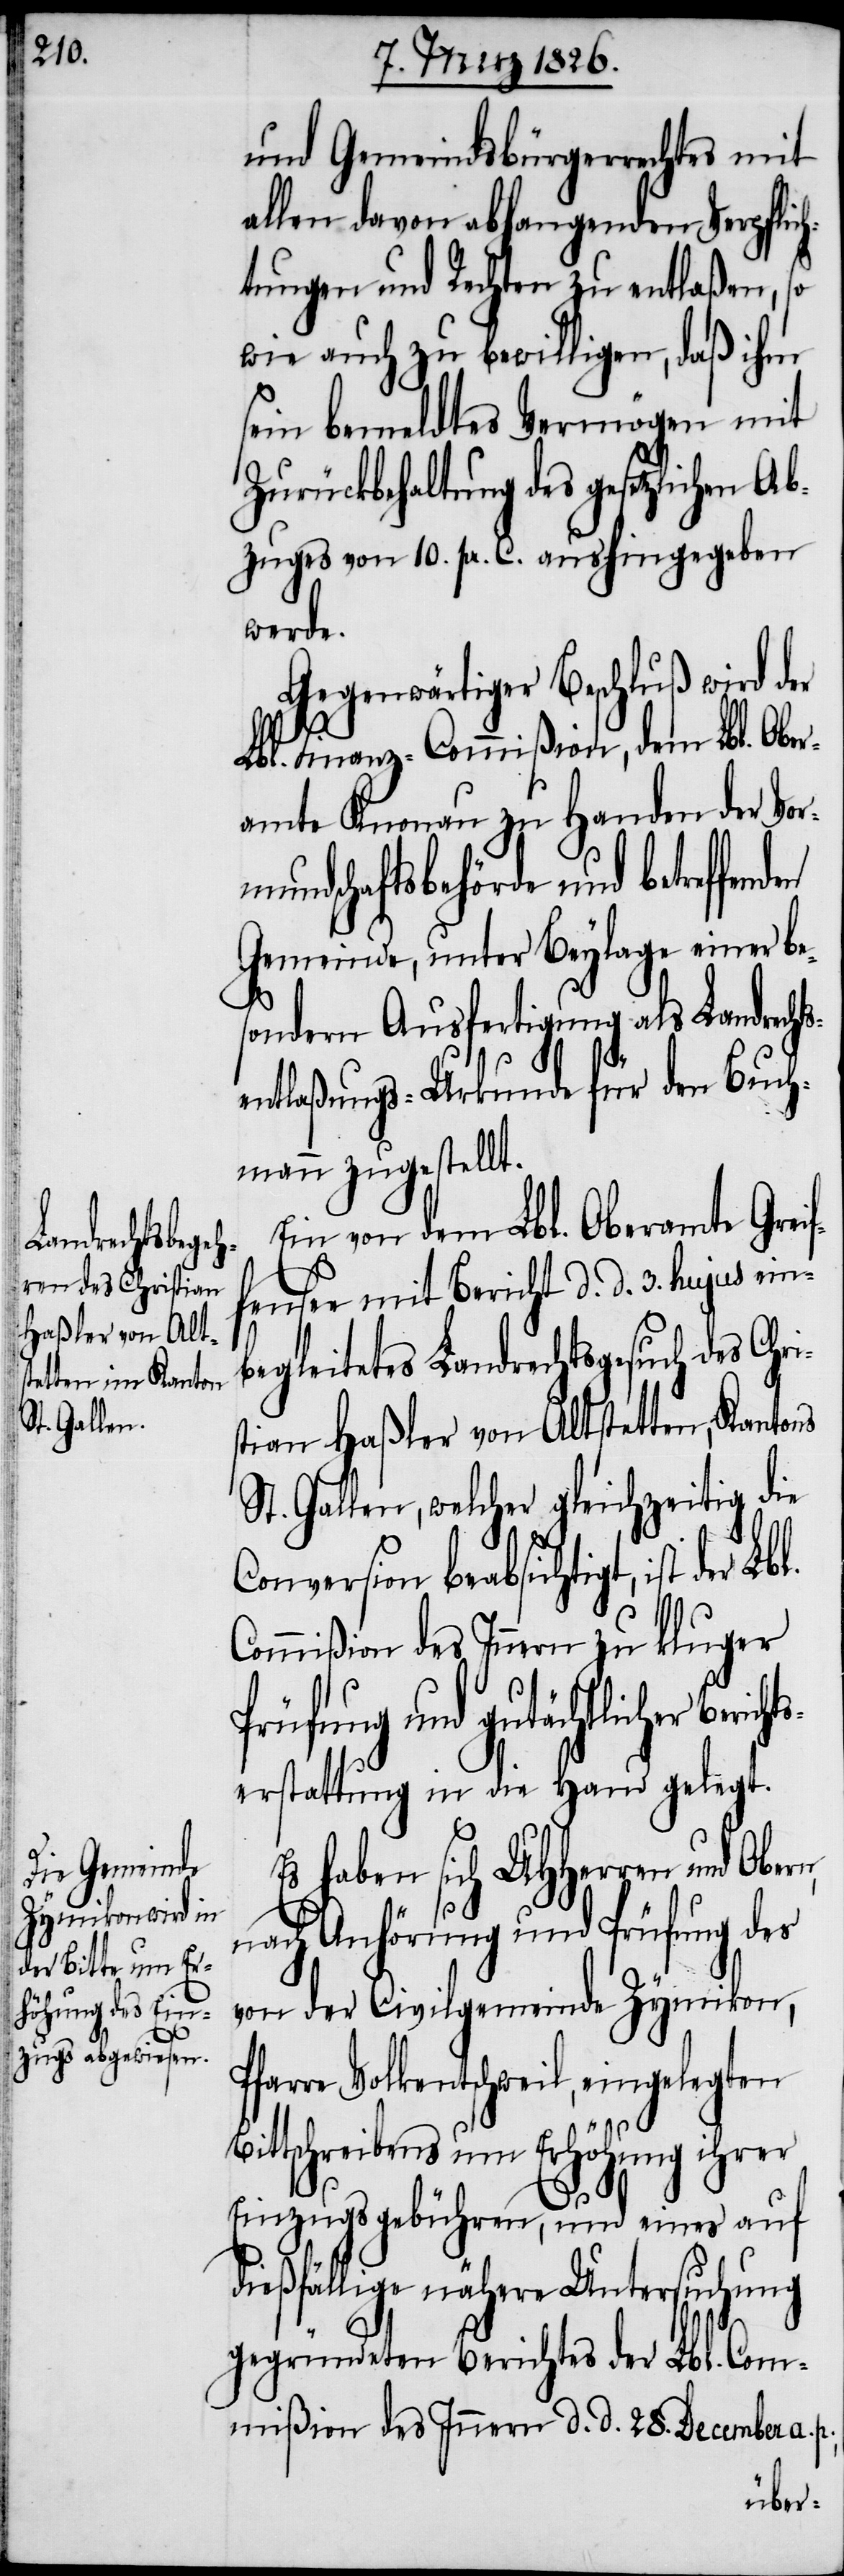
Bi¬

und Gemeindsbürgerrechtes mit
allen davon abhangenden Verpflich¬
tungen und Rechten zu entlaßen, so
wie auch zu bewilligen, daß ihm
sein bemeldtes Vermögen mit
Zurückbehaltung des gesetzlichen A¬
bzuges von 10. pr. C. aushingegeben
werde.
Gegenwärtiger Beschluß wird der
Lbl. Finanz-Commißion, dem Lbl. Ober¬
amte Knonau zu Handen der Vor¬
mundschaftsbehörde und betreffen¬
Gemeinde, unter Beylage einer be¬
sondern Ausfertigung als Landrechts¬
entlaßungs-Urkunde für den Buch¬
mann zugestellt.
Ein von dem Lbl. Oberamte Greif¬
fensee mit Bericht d. d. 3. hujus ein¬
begleitetes Landrechtsgesuch des Chr¬
stian Haßler von Altstetten, Kantons
St. Gallen, welcher gleichzeitig die
Conversion beabsichtigt, ist der
Commißion des Innern zu kluger
Prüfung und gutächtlicher Beri¬
serstattung in die Hand gelegt.
Es haben sich UHHerren und Ober¬
nach Anhörung und Prüfung des
von der Civilgemeinde Zymikon,
Pfarre Volkentschweil, eingelegten
ttschreibens um Erhöhung ihrer
Einzugsgebühren, und eines auf
dießfällige nähere Untersuchung
gegründeten Berichtes der Lbl. Com¬
mißion des Innern d. d. 28. December a.